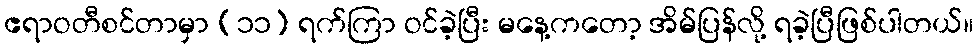
ဧရာဝတီစင်တာမှာ (၁၁) ရက်ကြာ ဝင်ခဲ့ပြီး မနေ့ကတော့ အိမ်ပြန်လို့ ရခဲ့ပြီဖြစ်ပါတယ်။